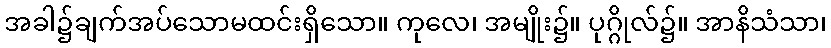
အခါ၌ချက်အပ်သောမထင်းရှိသော။ ကုလေ၊ အမျိုး၌။ ပုဂ္ဂိုလ်၌။ အာနိသံသာ၊